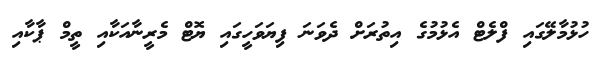
ހުޅުމާލޭގައި ފްލެޓް އެޅުމުގެ އިތުރަށް ދެވަނަ ފިޔަވަހީގައި ޔޮޓް މެރީނާއަކާއި ތީމް ޕާކާއި